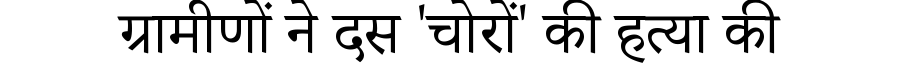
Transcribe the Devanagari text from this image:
ग्रामीणों ने दस 'चोरों' की हत्या की